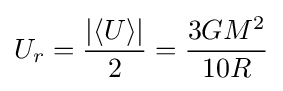
U_{r}={\frac {|\langle U\rangle |}{2}}={\frac {3GM^{2}}{10R}}